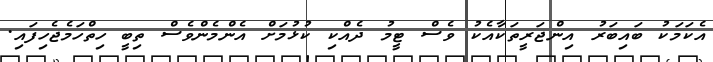
އެކަމަކު ބައިބަރު އިންޖަރީތަކާއެކު ވެސް ޓީމު ދެއްކި ކުޅުމަށް އެންމެންވެސް ތިބީ ހިތްހަމެޖެހިފައި.